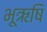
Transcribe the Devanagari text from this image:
भूऋषि